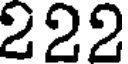
222